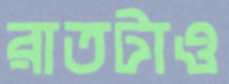
রাতটাও